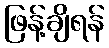
ဖြန့်ချိရန်